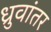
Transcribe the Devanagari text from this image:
ध्रुवांतर